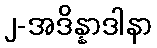
၂-အဒိန္နာဒါနာ